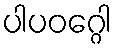
ပါပဝဂ္ဂေါ